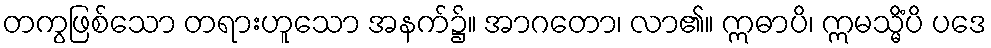
တကွဖြစ်သော တရားဟူသော အနက်၌။ အာဂတော၊ လာ၏။ ဣဓာပိ၊ ဣမသ္မိံပိ ပဒေ